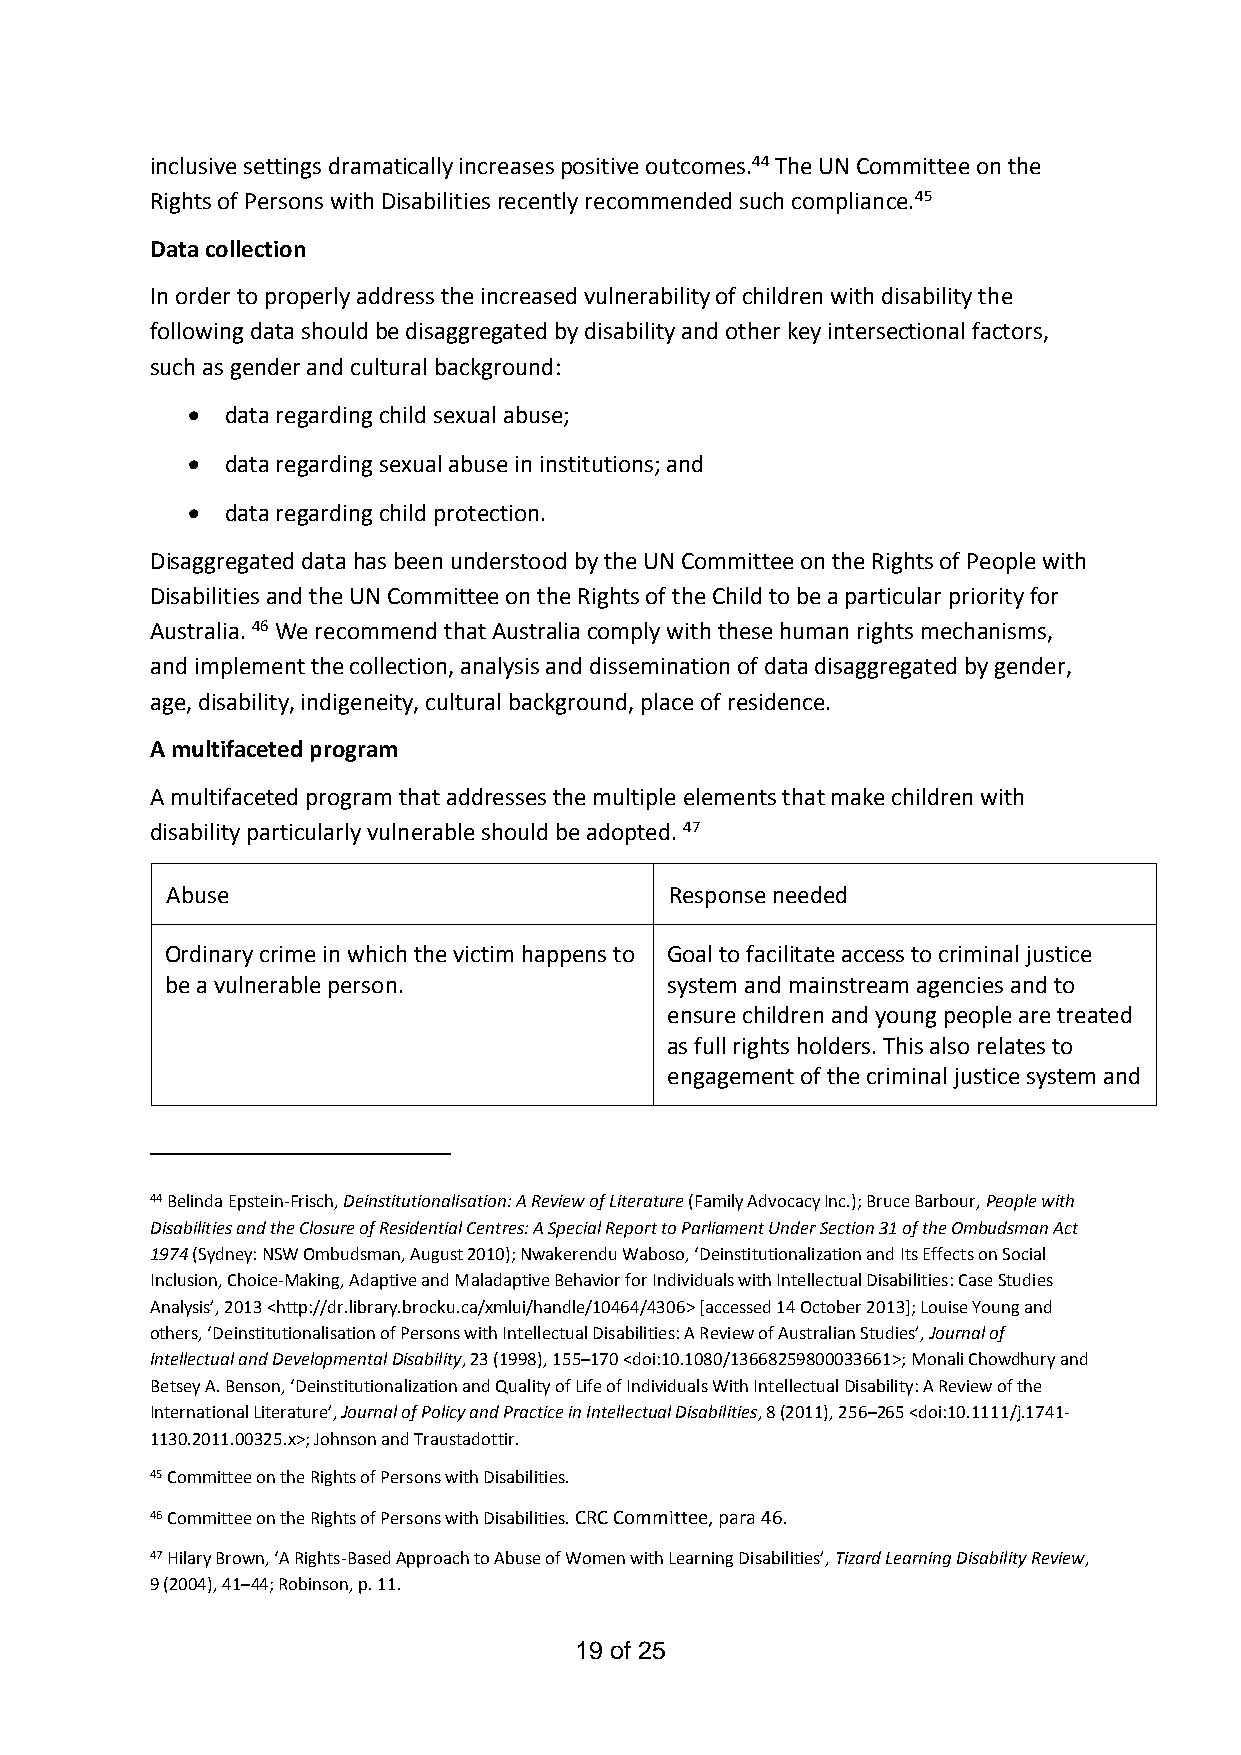
inclusive settings dramatically increases positive outcomes.44 The UN Committee on the
 Rights of Persons with Disabilities recently recommended such compliance.45
 Data collection
 In order to properly address the increased vulnerability of children with disability the
 following data should be disaggregated by disability and other key intersectional factors,
 such as gender and cultural background:
   data regarding child sexual abuse;
   data regarding sexual abuse in institutions; and
   data regarding child protection.
 Disaggregated data has been understood by the UN Committee on the Rights of People with
 Disabilities and the UN Committee on the Rights of the Child to be a particular priority for
 Australia. 46 We recommend that Australia comply with these human rights mechanisms,
 and implement the collection, analysis and dissemination of data disaggregated by gender,
 age, disability, indigeneity, cultural background, place of residence.
 A multifaceted program
 A multifaceted program that addresses the multiple elements that make children with
 disability particularly vulnerable should be adopted. 47
 Abuse                            Response needed
 Ordinary crime in which the victim happens to Goal to facilitate access to criminal justice
 be a vulnerable person.          system and mainstream agencies and to
 ensure children and young people are treated
 as full rights holders. This also relates to
 engagement of the criminal justice system and
 44 Belinda Epstein-Frisch, Deinstitutionalisation: A Review of Literature (Family Advocacy Inc.); Bruce Barbour, People with
 Disabilities and the Closure of Residential Centres: A Special Report to Parliament Under Section 31 of the Ombudsman Act
 1974 (Sydney: NSW Ombudsman, August 2010); Nwakerendu Waboso, ‘Deinstitutionalization and Its Effects on Social
 Inclusion, Choice-Making, Adaptive and Maladaptive Behavior for Individuals with Intellectual Disabilities: Case Studies
 Analysis’, 2013 <http://dr.library.brocku.ca/xmlui/handle/10464/4306> [accessed 14 October 2013]; Louise Young and
 others, ‘Deinstitutionalisation of Persons with Intellectual Disabilities: A Review of Australian Studies’, Journal of
 Intellectual and Developmental Disability, 23 (1998), 155–170 <doi:10.1080/13668259800033661>; Monali Chowdhury and
 Betsey A. Benson, ‘Deinstitutionalization and Quality of Life of Individuals With Intellectual Disability: A Review of the
 International Literature’, Journal of Policy and Practice in Intellectual Disabilities, 8 (2011), 256–265 <doi:10.1111/j.1741-
 1130.2011.00325.x>; Johnson and Traustadottir.
 45 Committee on the Rights of Persons with Disabilities.
 46 Committee on the Rights of Persons with Disabilities. CRC Committee, para 46.
 47 Hilary Brown, ‘A Rights-Based Approach to Abuse of Women with Learning Disabilities’, Tizard Learning Disability Review,
 9 (2004), 41–44; Robinson, p. 11.
 19 of 25